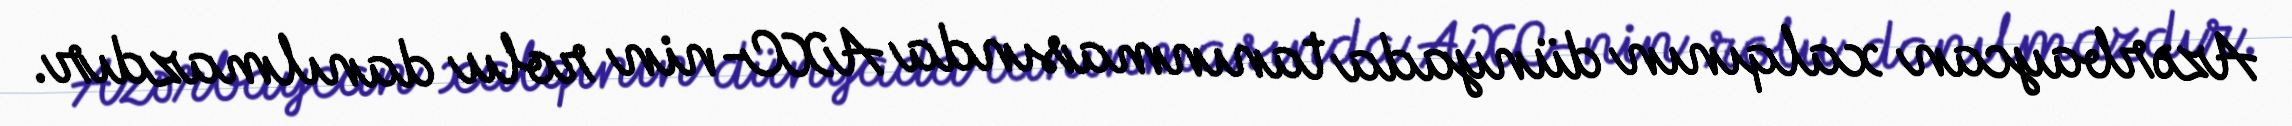
Azərbaycan xalqının dünyada tanınmasında AXC-nin rolu danılmazdır.